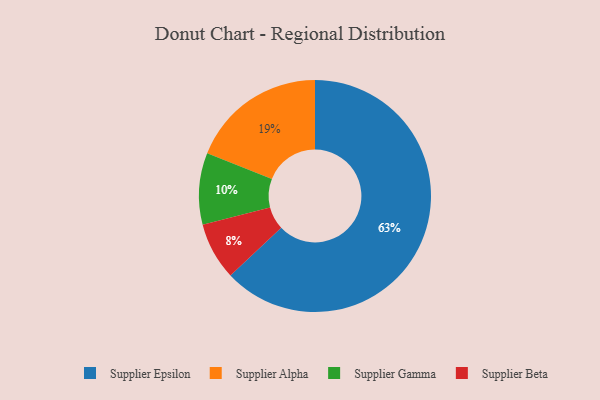
{"axis": {"x": "Category", "y": "Percentage"}, "legend": ["Supplier Alpha", "Supplier Beta", "Supplier Epsilon", "Supplier Gamma"], "data": [{"x": "Supplier Alpha", "y": 19, "type": "Supplier Alpha"}, {"x": "Supplier Beta", "y": 8, "type": "Supplier Beta"}, {"x": "Supplier Epsilon", "y": 63, "type": "Supplier Epsilon"}, {"x": "Supplier Gamma", "y": 10, "type": "Supplier Gamma"}]}